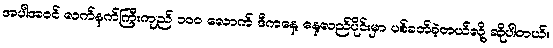
အပါအဝင် လက်နက်ကြီးကျည် ၁၀၀ လောက် ဒီကနေ့ နေ့လည်ပိုင်းမှာ ပစ်ခတ်ခဲ့တယ်လို့ ဆိုပါတယ်။